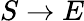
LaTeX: S\rightarrow E